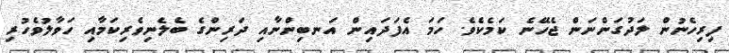
ފިރިހެނުން ލަދުގަންނަން ޖެހޭނެ ކަމެކެވެ. ހަމަ އެފަދައިން އަނބިންނާއި ދަރިންގެ ބެލެނިވެރިކަމާއި ހަވާލުވެހުރި